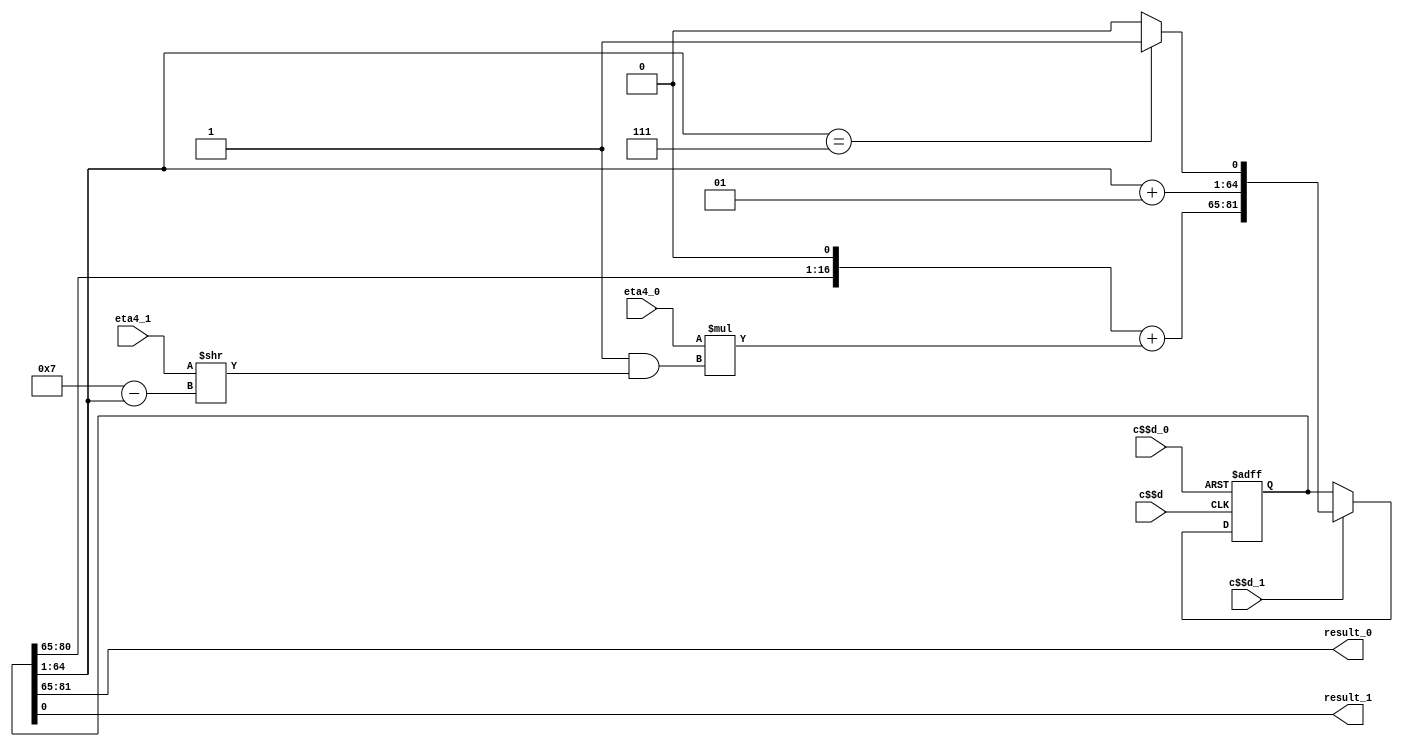
/* AUTOMATICALLY GENERATED VERILOG-2001 SOURCE CODE.
** GENERATED BY CLASH 1.6.3. DO NOT MODIFY.
*/
`timescale 100fs/100fs
module topEntity
    ( // Inputs
      input  c$$d // clock
    , input  c$$d_0 // reset
    , input  c$$d_1 // enable
    , input [7:0] eta4_0
    , input [7:0] eta4_1

      // Outputs
    , output wire [16:0] result_0
    , output wire  result_1
    );
  // Mul.hs:41:1-9
  reg [81:0] c$ds_app_arg = {17'b00000000000000000,   64'sd0,   1'b0};
  wire [99:0] result_4;
  reg  c$case_alt;
  // Mul.hs:28:1-3
  wire [16:0] y;
  // Mul.hs:28:1-3
  wire [7:0] b;
  // Mul.hs:28:1-3
  wire signed [63:0] y2;
  // Mul.hs:28:1-3
  wire signed [63:0] st;
  wire [15:0] eta4;
  wire [17:0] result;

  assign eta4 = {eta4_0,   eta4_1};

  // register begin
  always @(posedge c$$d or  negedge  c$$d_0) begin : c$ds_app_arg_register
    if ( ! c$$d_0) begin
      c$ds_app_arg <= {17'b00000000000000000,   64'sd0,   1'b0};
    end else if (c$$d_1) begin
      c$ds_app_arg <= result_4[99:18];
    end
  end
  // register end

  assign result = result_4[17:0];

  assign result_4 = {{(y << 64'sd1) + ({9'b000000000,(eta4[15:8] * (8'b00000001 & (b >> 64'sd7 - y2)))}),
                      y2 + 64'sd1,   c$case_alt},   {y,
                                                     c$ds_app_arg[0:0]}};

  always @(*) begin
    case(y2)
      64'sd7 : c$case_alt = 1'b1;
      default : c$case_alt = 1'b0;
    endcase
  end

  assign y = c$ds_app_arg[81:65];

  assign b = eta4[7:0];

  assign y2 = st;

  assign st = $signed(c$ds_app_arg[64:1]);

  assign result_0 = result[17:1];

  assign result_1 = result[0:0];


endmodule